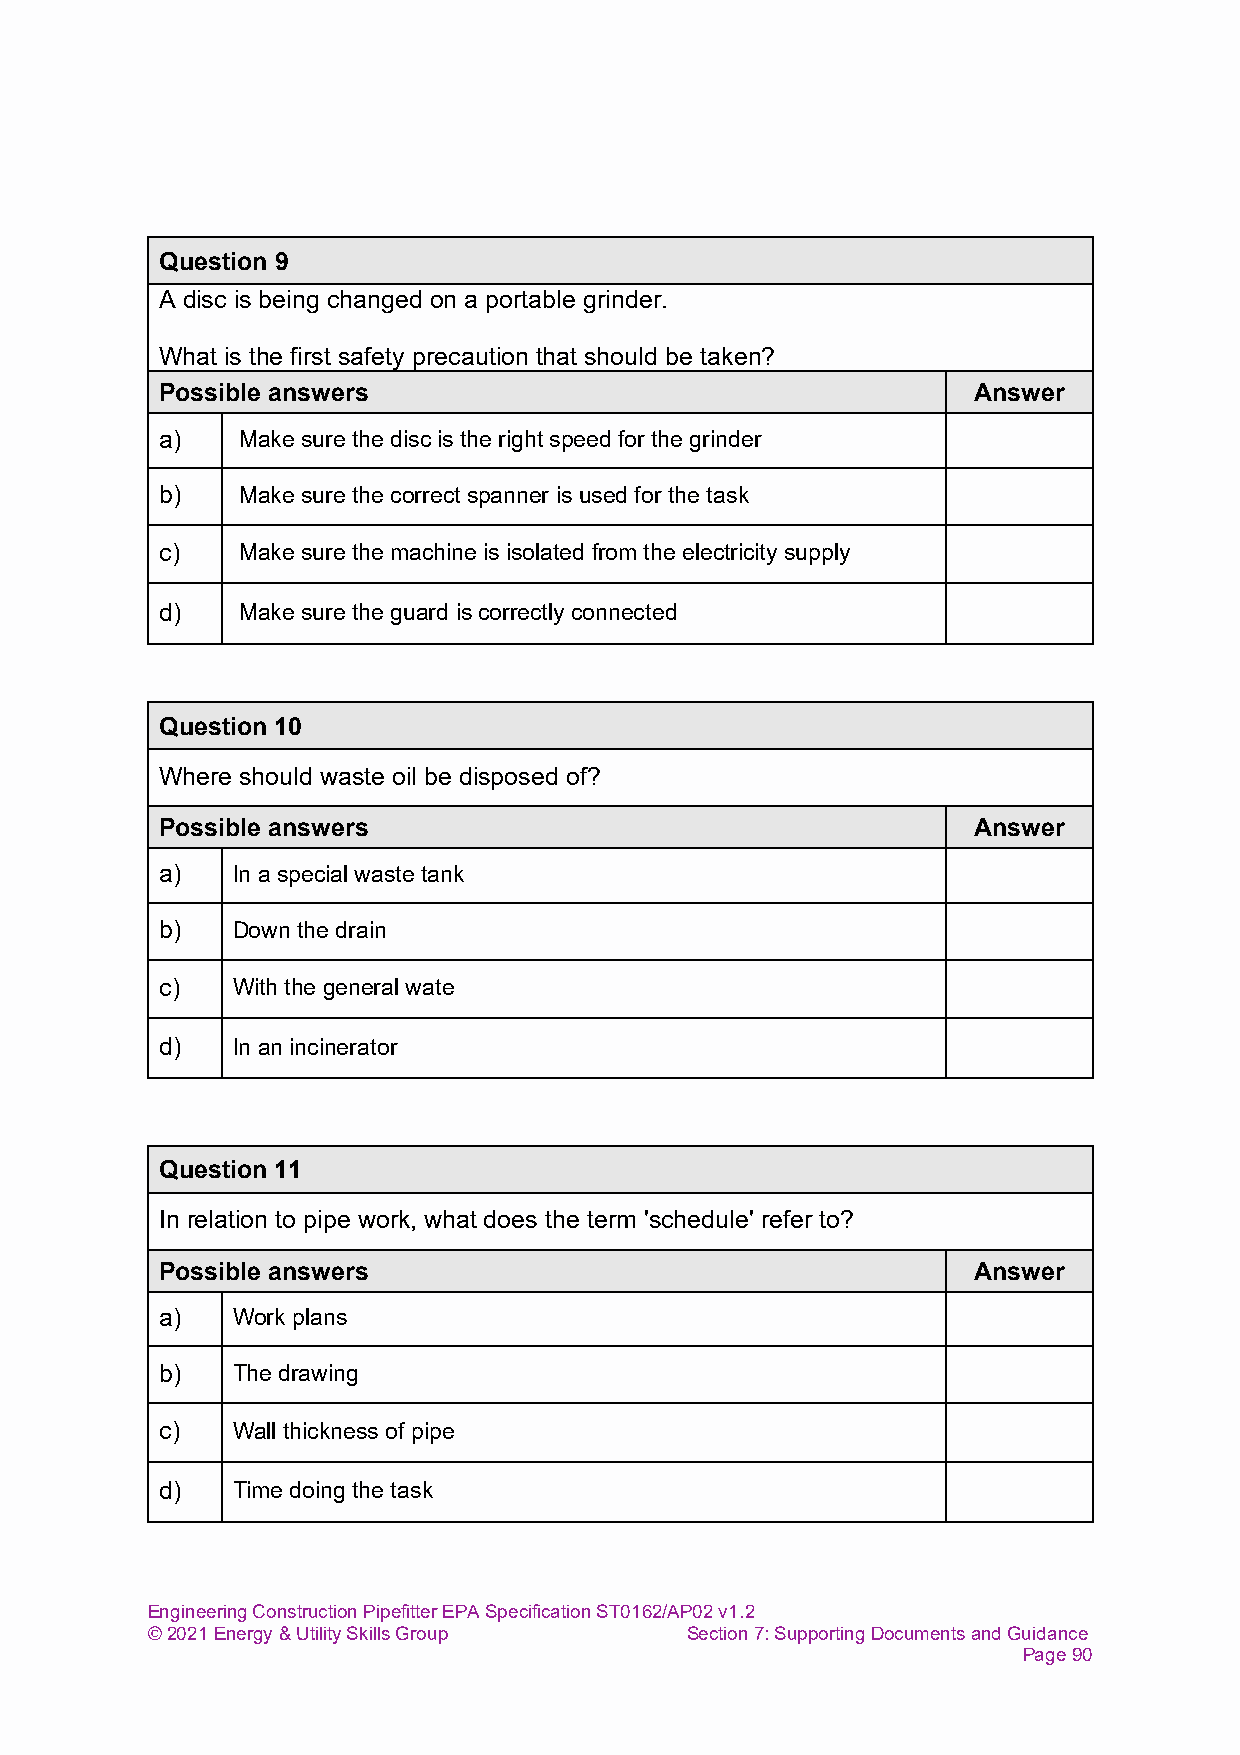
Question 9
 A disc is being changed on a portable grinder.
 What is the first safety precaution that should be taken?
 Possible answers                                     Answer
 a)   Make sure the disc is the right speed for the grinder
 b)   Make sure the correct spanner is used for the task
 c)   Make sure the machine is isolated from the electricity supply
 d)   Make sure the guard is correctly connected
 Question 10
 Where should waste oil be disposed of?
 Possible answers                                     Answer
 a)  In a special waste tank
 b)  Down the drain
 c)  With the general wate
 d)  In an incinerator
 Question 11
 In relation to pipe work, what does the term 'schedule' refer to?
 Possible answers                                     Answer
 a)  Work plans
 b)  The drawing
 c)  Wall thickness of pipe
 d)  Time doing the task
 Engineering Construction Pipefitter EPA Specification ST0162/AP02 v1.2
 © 2021 Energy & Utility Skills Group Section 7: Supporting Documents and Guidance
 Page 90